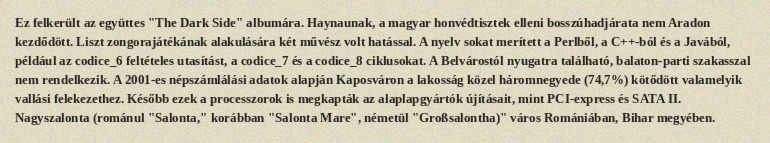
Ez felkerült az együttes "The Dark Side" albumára. Haynaunak, a magyar honvédtisztek elleni bosszúhadjárata nem Aradon kezdődött. Liszt zongorajátékának alakulására két művész volt hatással. A nyelv sokat merített a Perlből, a C++-ból és a Javából, például az codice_6 feltételes utasítást, a codice_7 és a codice_8 ciklusokat. A Belvárostól nyugatra található, balaton-parti szakasszal nem rendelkezik. A 2001-es népszámlálási adatok alapján Kaposváron a lakosság közel háromnegyede (74,7%) kötődött valamelyik vallási felekezethez. Később ezek a processzorok is megkapták az alaplapgyártók újításait, mint PCI-express és SATA II. Nagyszalonta (románul "Salonta," korábban "Salonta Mare", németül "Großsalontha)" város Romániában, Bihar megyében.